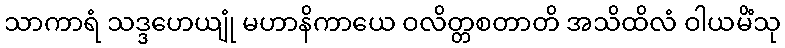
သာကာရံ သဒ္ဒဟေယျုံ မဟာနိကာယေ ဝလိတ္တစတာတိ အသိထိလံ ဝါယမိံသု